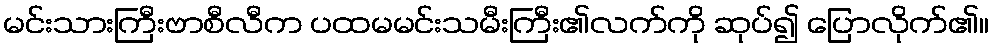
မင်းသားကြီးဗာစီလီက ပထမမင်းသမီးကြီး၏လက်ကို ဆုပ်၍ ပြောလိုက်၏။